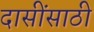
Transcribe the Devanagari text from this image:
दासींसाठी